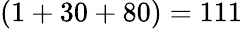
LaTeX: (1+30+80)=111